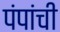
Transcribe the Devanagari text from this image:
पंपांची